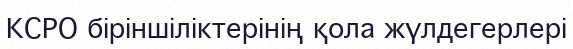
КСРО біріншіліктерінің қола жүлдегерлері